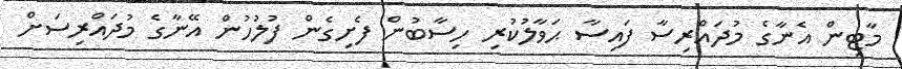
މާޓިން އެނާގެ މުދައްރިސާ ފައިސާ ޙަވާލުކުރި ހިސާބުން ފެށިގެން ފުލުހުން އޭނާގެ މުދައްރިސަށް